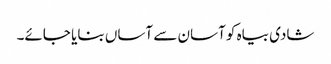
شادی بیاہ کو آسان سے آساں بنایا جائے۔